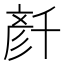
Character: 𠦳